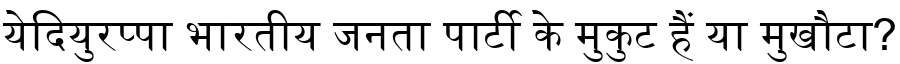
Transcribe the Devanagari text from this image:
येदियुरप्पा भारतीय जनता पार्टी के मुकुट हैं या मुखौटा?